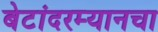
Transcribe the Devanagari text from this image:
बेटांदरम्यानचा